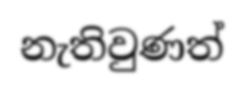
නැතිවුණත්